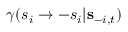
\gamma ( s _ { i } \to - s _ { i } \vert { \bf s } _ { - i , t } )